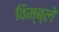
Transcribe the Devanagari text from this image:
विम्ब्ले